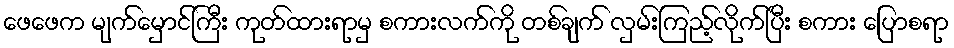
ဖေဖေက မျက်မှောင်ကြီး ကုတ်ထားရာမှ စကားလက်ကို တစ်ချက် လှမ်းကြည့်လိုက်ပြီး စကား ပြောစရာ